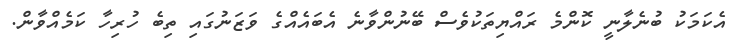
އެކަމަކު ބުނެލާނީ ކޮންމެ ރައްޔިތަކުވެސް ބޭނުންވާނެ އެބައެއްގެ ވަޒަނުގައި ތިބެ ހުރިހާ ކަމެއްވާން.